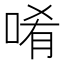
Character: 𠴳